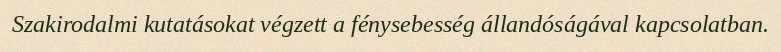
Szakirodalmi kutatásokat végzett a fénysebesség állandóságával kapcsolatban.